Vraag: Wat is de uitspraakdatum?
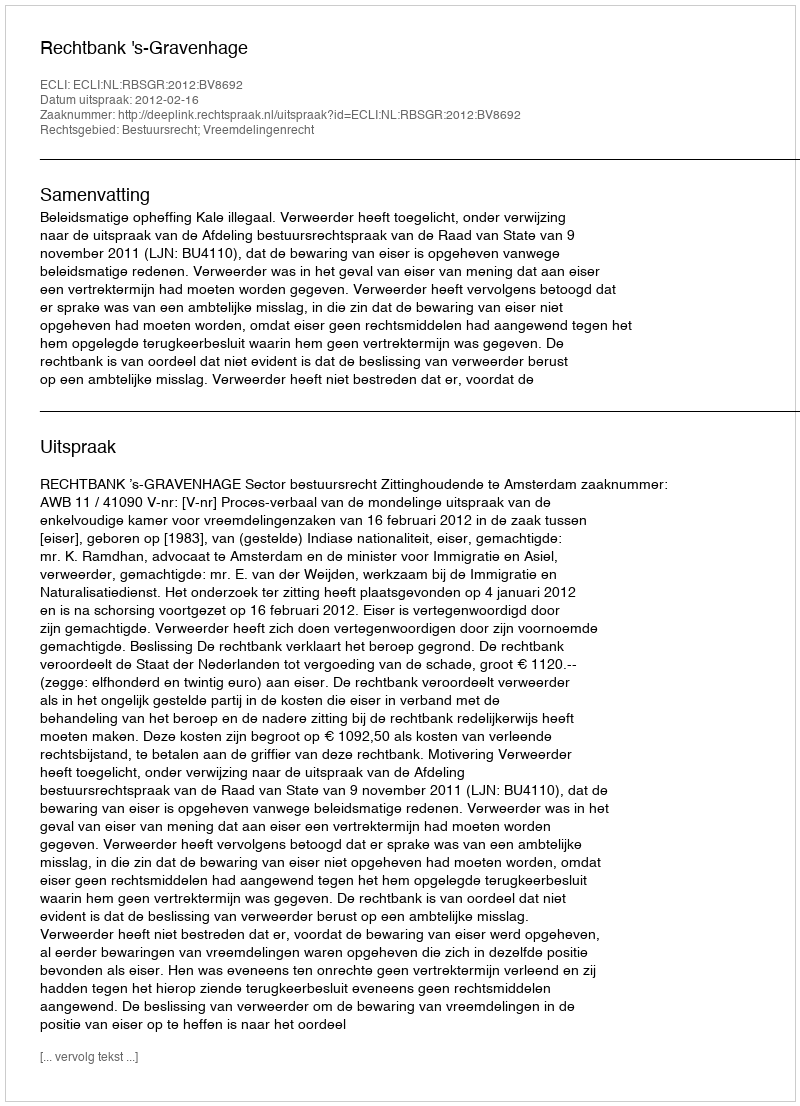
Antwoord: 2012-02-16